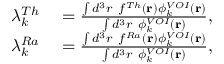
\begin{array} { r l } { \lambda _ { k } ^ { T h } } & { { } = \frac { \int d ^ { 3 } r ~ f ^ { T h } ( \mathbf { r } ) \phi _ { k } ^ { V O I } ( \mathbf { r } ) } { \int d ^ { 3 } r ~ \phi _ { k } ^ { V O I } ( \mathbf { r } ) } , } \\ { \lambda _ { k } ^ { R a } } & { { } = \frac { \int d ^ { 3 } r ~ f ^ { R a } ( \mathbf { r } ) \phi _ { k } ^ { V O I } ( \mathbf { r } ) } { \int d ^ { 3 } r ~ \phi _ { k } ^ { V O I } ( \mathbf { r } ) } , } \end{array}